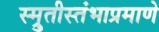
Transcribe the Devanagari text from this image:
स्म्रुतीस्तंभाप्रमाणे